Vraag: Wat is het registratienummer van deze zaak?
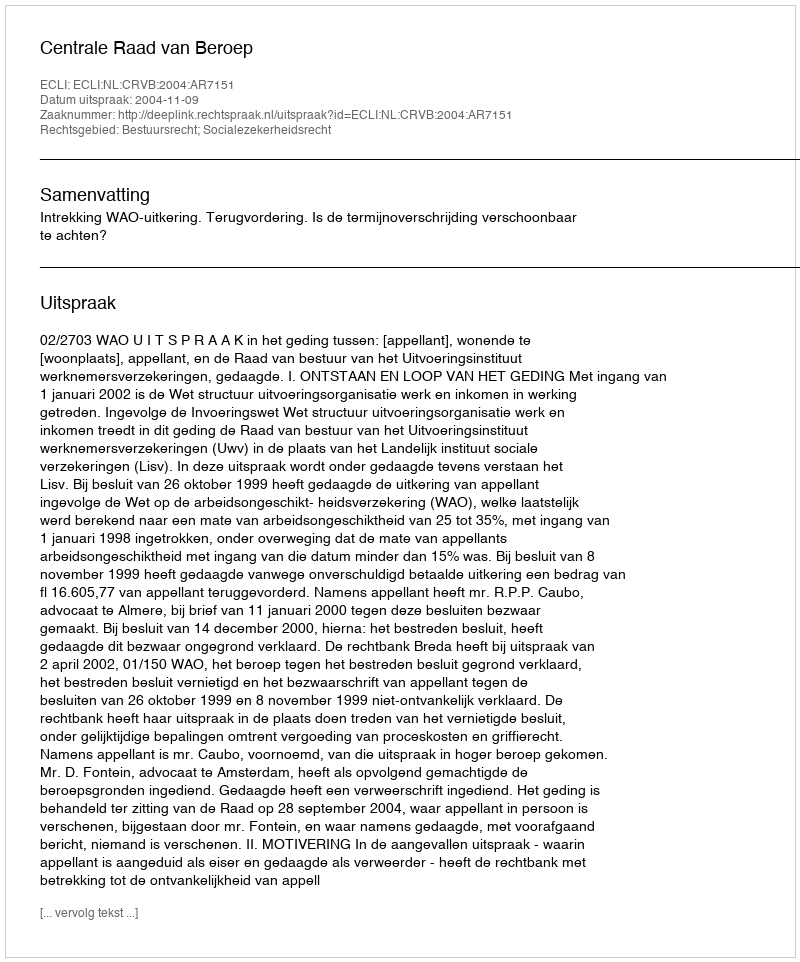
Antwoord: http://deeplink.rechtspraak.nl/uitspraak?id=ECLI:NL:CRVB:2004:AR7151